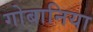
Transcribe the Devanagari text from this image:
गोबानिया